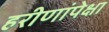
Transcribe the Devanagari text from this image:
हरीणांपेक्षा